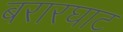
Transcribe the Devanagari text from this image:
बरारघाट